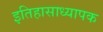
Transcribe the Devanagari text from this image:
इतिहासाध्यापक